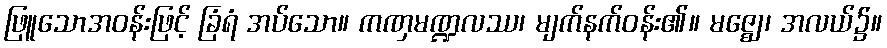
ဖြူသောအဝန်းဖြင့် ခြံရံ အပ်သော။ ကဏှမဏ္ဍလဿ၊ မျက်နက်ဝန်း၏။ မဇ္ဈေ၊ အလယ်၌။